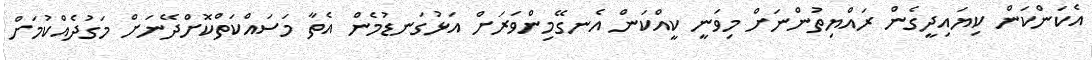
އެކަންކަން ކިޔައިދީގެން ރައްޔިތުންނަށް މިވަނީ ކީއްކަން އެނގޭމިންވަރަށް އަޅުގަނޑުމެން އެތާ މަސައްކަތްކޮށްދޭނަށް މަގުދެއްކުމަށް